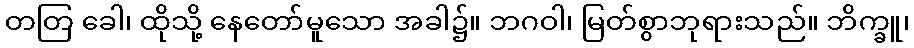
တတြ ခေါ၊ ထိုသို့ နေတော်မူသော အခါ၌။ ဘဂဝါ၊ မြတ်စွာဘုရားသည်။ ဘိက္ခူ၊